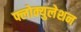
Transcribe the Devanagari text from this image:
फ्लोक्युलेशन